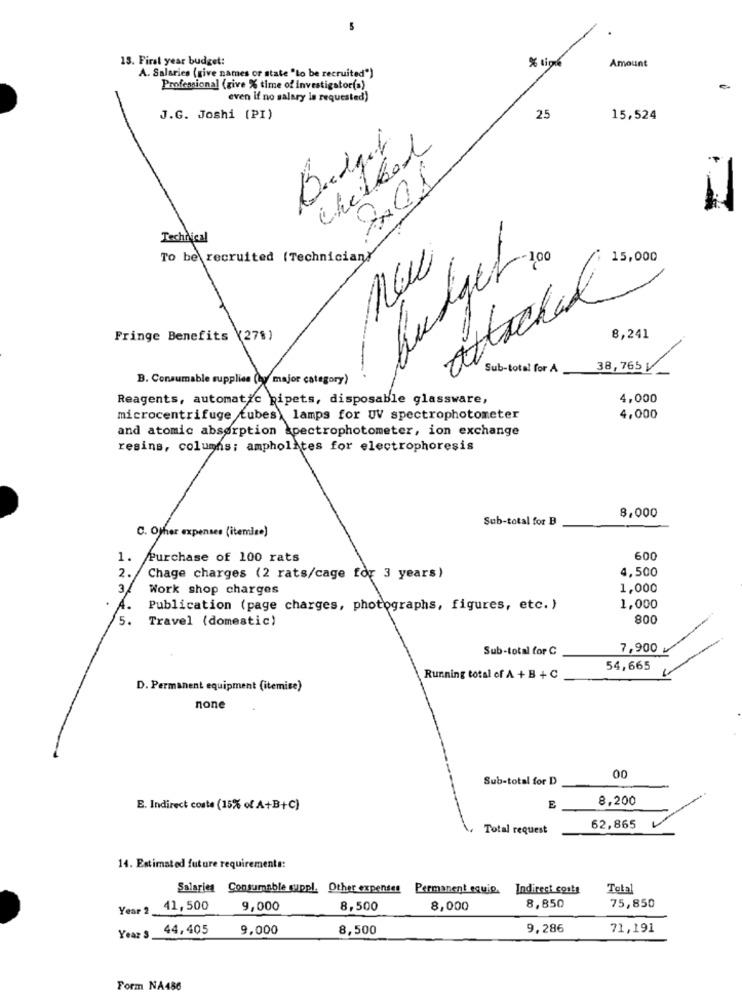
5
13. First year budget:
Amount
A. Salaries (give names or state "to be recruited")
Professional (give % time of investigator(s)
even if no salary la requested)
J.G. Joshi (PI)
25
15,524
Chefbol
201
Technical
Budget,
To be recruited (Technician}
100
15,000
attached
Fringe Benefits (278)
8,241
Sub-total for A
38,765V_
B. Consumable supplies (ly major category)
Reagents, automatic pipets, disposable glassware,
4,000
microcentrifuge tubes) lamps for UV spectrophotometer
4,000
and atomic absorption spectrophotometer, ion exchange
resins, columns; ampholites for electrophoresis
Sub-total for B
8.000
C. Other expenses (itemize)
1.
Purchase of 100 rats
600
4,500
2. Chage charges (2 rats/cage for 3 years)
3/
Work shop charges
1,000
A.
Publication (page charges, photographs, figures, etc. )
1,000
5.
Travel (domestic)
800
Sub-total for C
7,900
54,665
Running total of A + B + C
D. Permanent equipment (itemice)
none
Sub-total for D
00
8,200
E. Indirect coste (15% of A+B+C)
E
Total request
62,865
14. Estimated future requirements:
Salaries Consumable suppl. Other expenses
Permanent equip. Indirect costs
Total
8,850
75,850
Year 2_
41,500
9,000
8,500
8,000
44,405
9,000
8,500
9,286
71,191
Year S
Form NA486